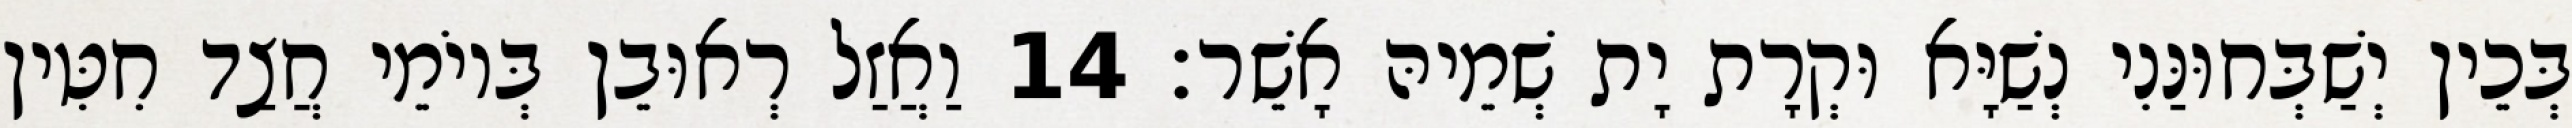
בְּכֵין יְשַׁבְּחוּנַּנִי נְשַׁיָּא וּקְרָת יָת שְׁמֵיהּ אָשֵׁר׃ 14 וַאֲזַל רְאוּבֵן בְּיוֹמֵי חֲצַד חִטִּין